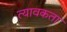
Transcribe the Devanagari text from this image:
त्यावकता